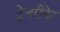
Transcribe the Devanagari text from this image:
ट्रेजरीनेट